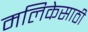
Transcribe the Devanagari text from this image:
मलिकेसाठी